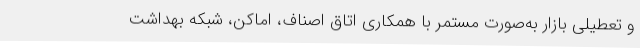
و تعطیلی بازار به‌صورت مستمر با همکاری اتاق اصناف، اماکن، شبکه بهداشت